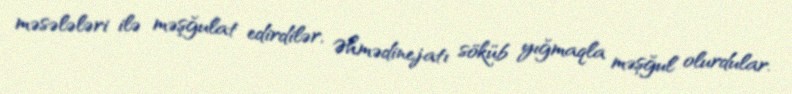
məsələləri ilə məşğulat edirdilər, Əhmədinejatı söküb yığmaqla məşğul olurdular.